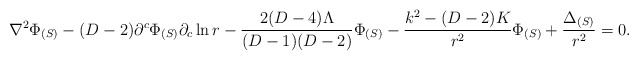
\begin{align*}\nabla^2\Phi_{(S)} - (D-2)\partial^c\Phi_{(S)}\partial_c\ln r - \frac{2(D-4)\Lambda}{(D-1)(D-2)}\Phi_{(S)}-\frac{k^2-(D-2)K}{r^2}\Phi_{(S)} + \frac{\Delta_{(S)}}{r^2}= 0.\end{align*}